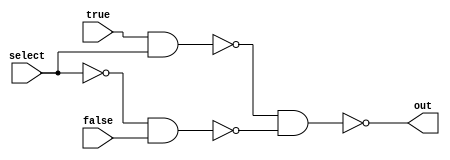
module mux2 (select, true, false, out);

	input select, true, false;

	wire T_nand_S;
	wire not_S_nand_F;
	
	output out;
	
	assign T_nand_S     = ~(true & select);
	assign not_S_nand_F = ~(~select & false);
	
	assign out          = ~(T_nand_S & not_S_nand_F);

endmodule